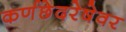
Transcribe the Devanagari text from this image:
कर्णछेदरेषेवर